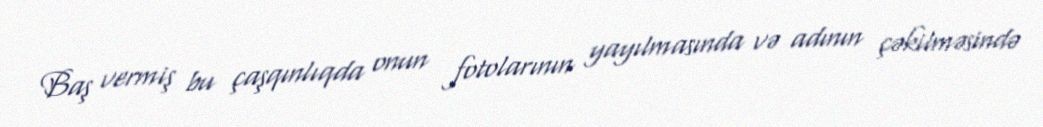
Baş vermiş bu çaşqınlıqda onun fotolarının yayılmasında və adının çəkilməsində